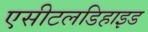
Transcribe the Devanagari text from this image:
एसीटलडिहाइड